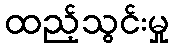
ထည့်သွင်းမှု